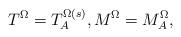
LaTeX: \begin{align*} T^{\Omega}=T^{\Omega(s)}_A, M^{\Omega}=M^{\Omega}_A,\end{align*}